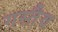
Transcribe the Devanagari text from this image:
गस्तैव